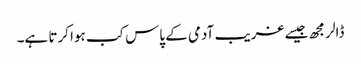
ڈالر مجھ جیسے غریب آدمی کے پاس کب ہوا کرتا ہے۔